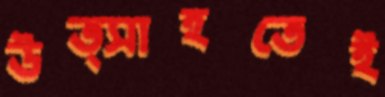
উত্সাহতেই